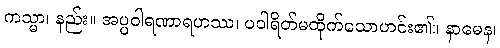
ကသ္မာ၊ နည်း။ အပ္ပဝါရဏာရဟဿ၊ ပဝါရိတ်မထိုက်သောဟင်း၏။ နာမေန၊